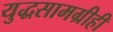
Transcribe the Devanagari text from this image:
युद्धसामग्रीही